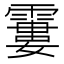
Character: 𩄽